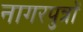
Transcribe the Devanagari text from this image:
नागरपुत्रों